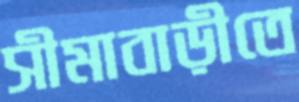
সীমাবাড়ীতে